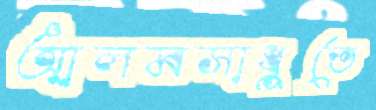
আলমসাধুতে